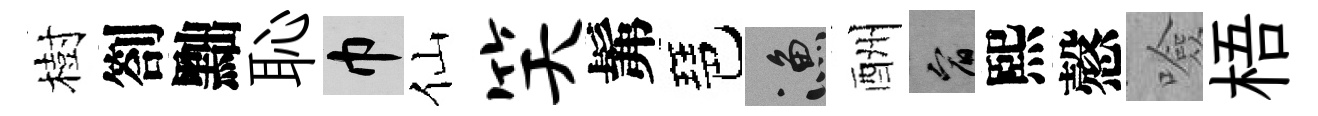
樹劄黜恥巾仙笑髴琶漁酬宥熙慤噞梧